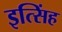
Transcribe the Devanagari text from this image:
इत्सिंह